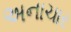
અનાચાર